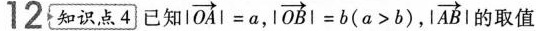
12知识点4已知 $$| \overrightarrow { O A } | = a$$ ,$$| \overrightarrow { OB } |= b ( a > b)$$ ，$$| \overrightarrow { A B } |$$ 的取值